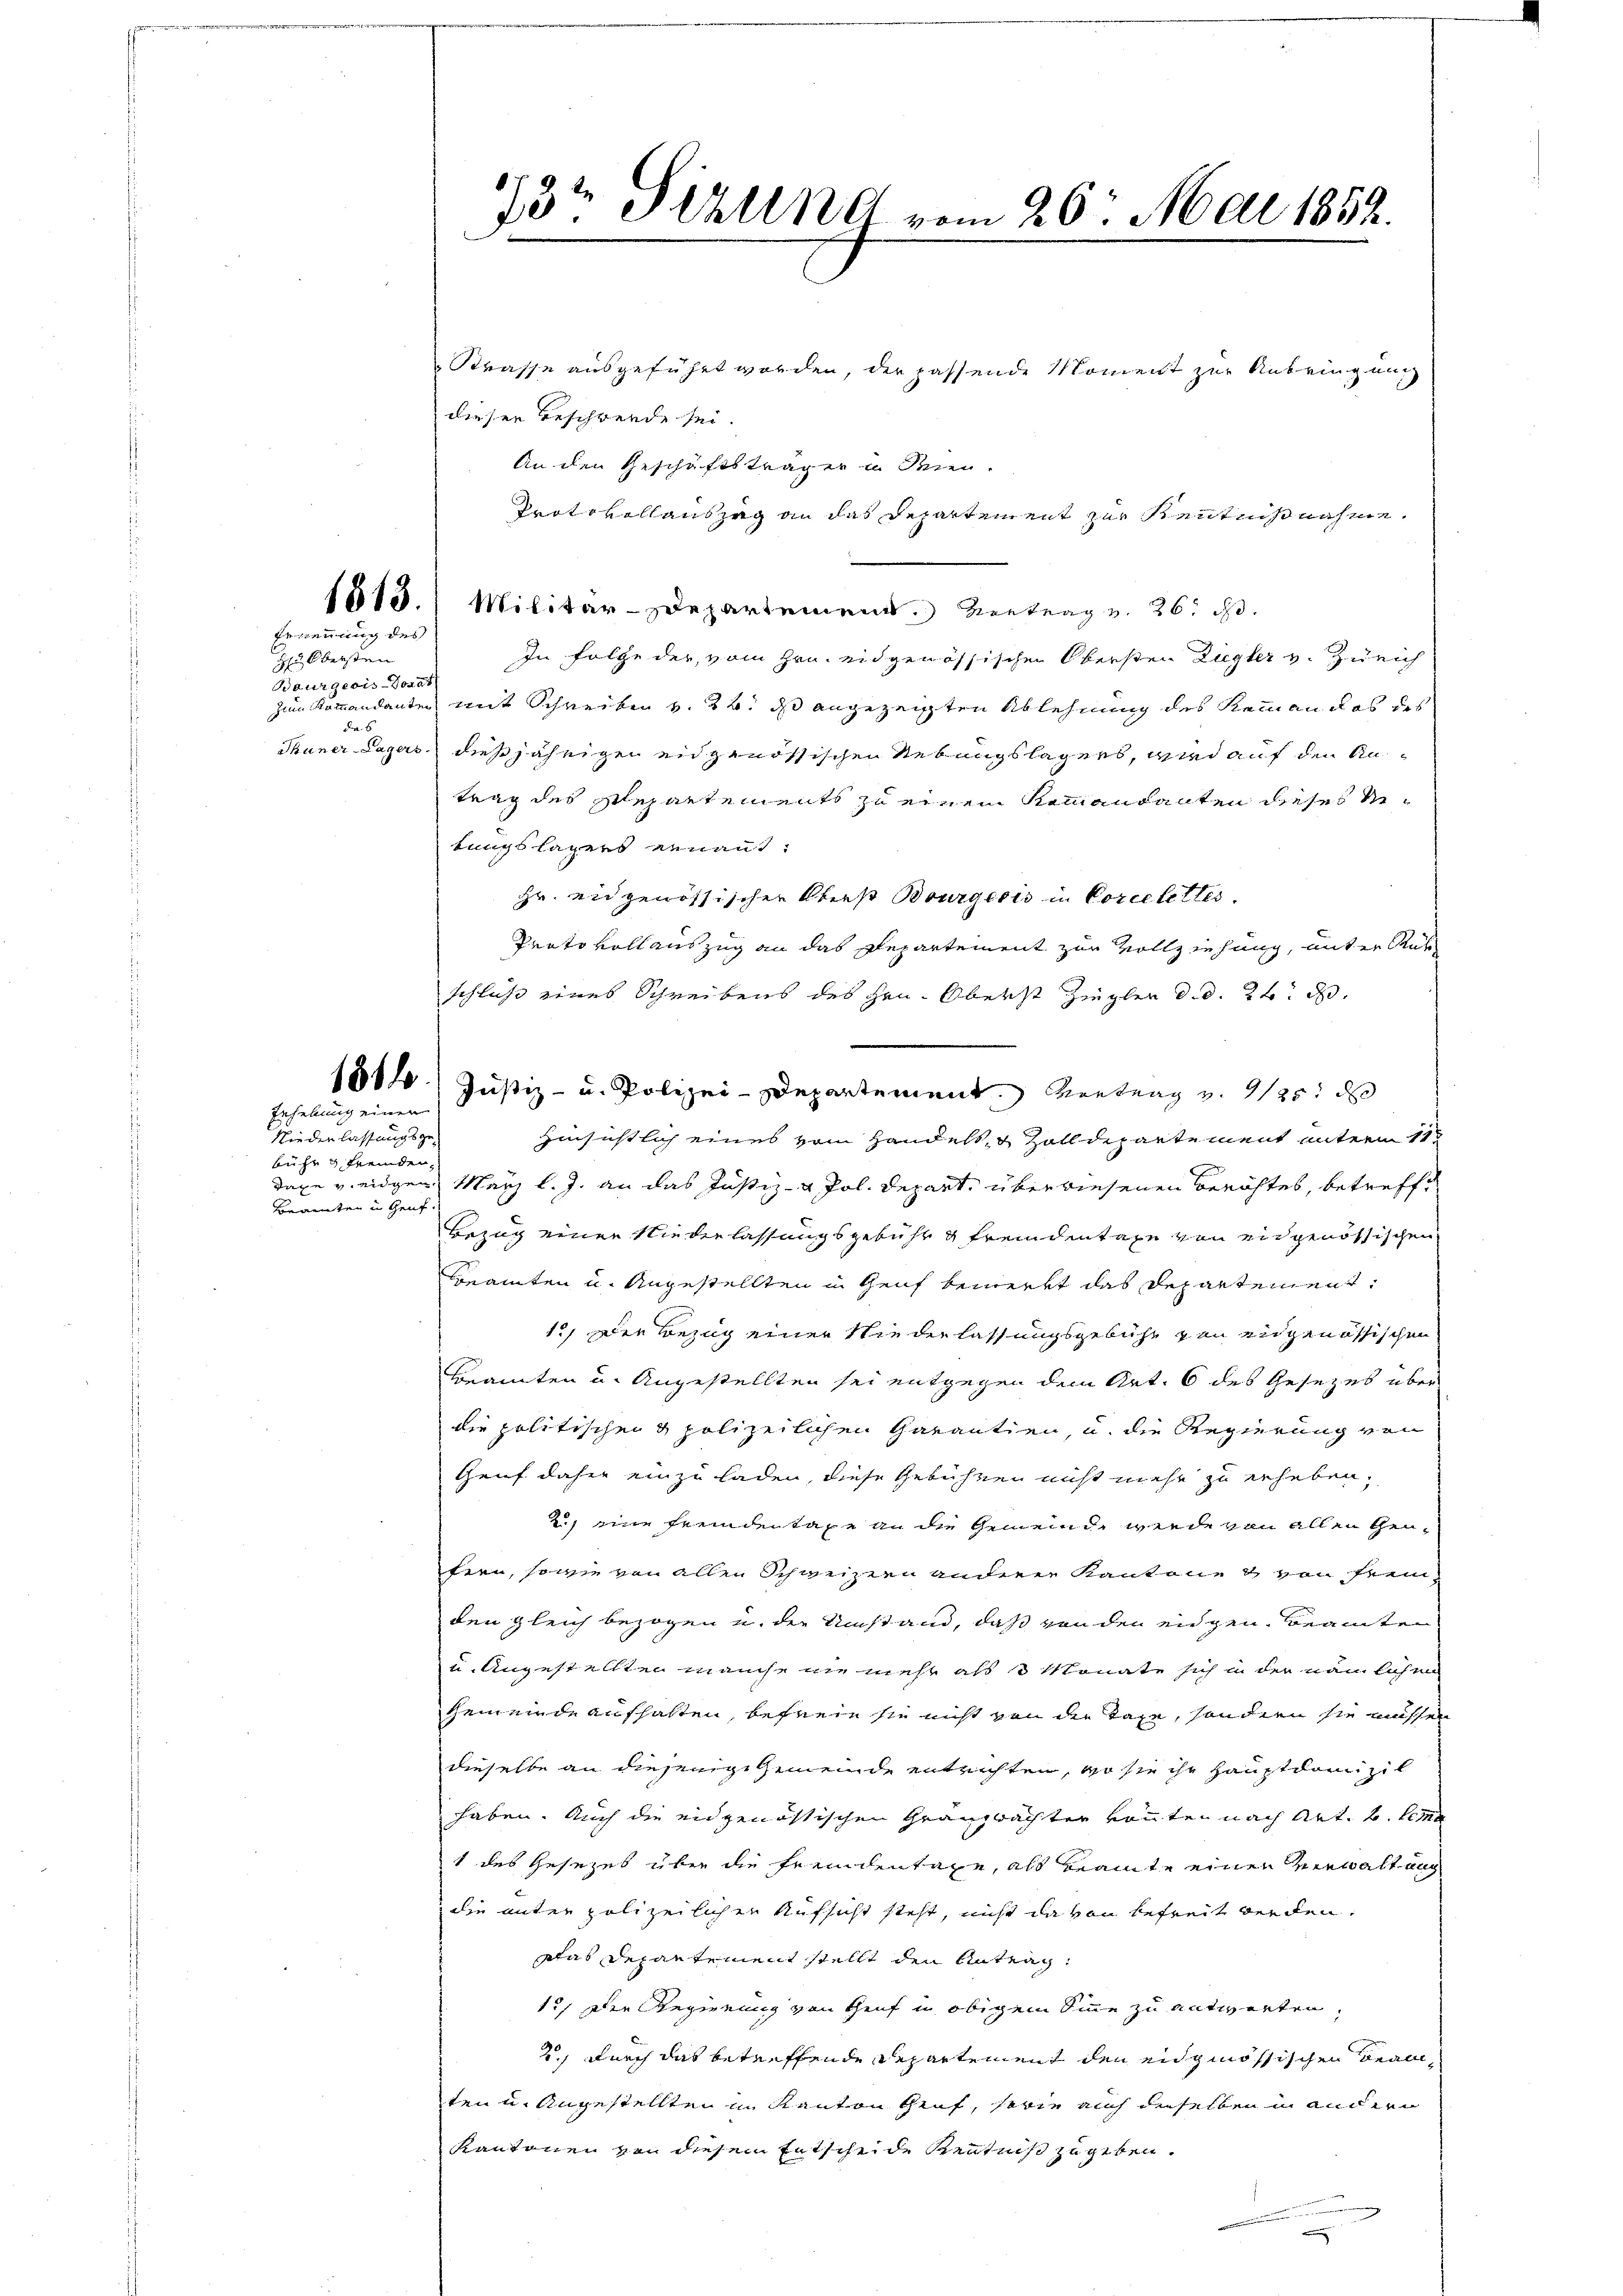
Ernennung des
H. Obersten

Baurgeois-Vorat
de 6
Thuner-Lagers.

Niederlassungsgebühr & fremden,
Brannten u Genf.

Rehebung einen

3t Pirung vom 26. Mai 1852.

Strasse ausgeführt worden, der passende Moment zur Anbringung
dieser Beschwerde sei.
An den Geschäftsträger in Seien.
Protokollauszug an das Departement zur Kenntnißnahme.
1815. Militär-Departemend. Vertrag v. 26. d.
In Folge der vom Hrn. eidgenössischen Obersten Ziegler v. Zürich
zum Kommandanten mit Schreiben v. 24. ds angezeigten Ablehnung des Reinen das des
dießjährigen eidgenössischen Uebungslagers, wird auf den Antrag des Repartements zu einem Sommandanten dieses Metungslagers ernant.
Hr. eidgenössischer Oberst Bourgeris in Corcelettes.
Prato vollauszug an das Departement zur Vollziehung, unter Ruh
schluß eines Schreibens des Hrn. Oberst Ziegler d. d. 24. d.
1814.) Justiz- u. Polizei-Departement. Kontrag v. 1125. ds
Hinsichtlich eines vom Handels- & Zolldepartement unterm 11t
daxe v. eidgen März l. J. an das Justiz- & Pol. Depart, überwiesenen Berichtes, betreffe
Bezug einer Niederlassungsgebühr & fremdentage von eidgenössischen
Beamten u. Angestellten in Genf bemerkt das Departement¬
12) Der Bezug einer Niederlassungsgebühr von eidgenössischen
Beamten u. Angestellten sei entgegen dem Art. 6 des Gesezes über
die politischen & polizeilichen Garantien, u. die Regierung von
Genf daher einzuladen, diese Gebühren nicht mehr zu erheben,
2 eine Fremden tage an die Gemeinde werde von allen Gentern, sowie von allen Schweizern anderer Kantone & von sein
den gleich bezogen u. die Umstand, daß von den eidgen Beamten
u. Angestellten manche nie mehr als 3 Monate sich in der nämlichen
Gemeinde aufhalten, befreie sie nicht von der Tage, sondern sie müsser
dieselbe an diesen gegemeinde entrichten, wo sie ihr Hauptdarzil
haben. Auch die eidgenössischen Granzwächter könnten nach Art. B. lemma
1 des Gesezes über die Freudentage, als Beamte einen verwaltung
die unter polizeilichen Aufsicht steht, nicht da von befreit werden,
Das Departement stellt den Antrag:
1.) Die Regierung von Genf u obigem Sinne zu antworten,
2., durch das betreffende Repartement den eidgenössischen Beamten u. Angestellten im Kanton Genf, sowie auch denselben in andern
Kantonen von diesem Entscheide Kenntniß zugeben.

g